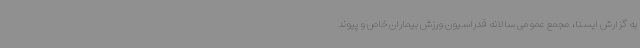
به گزارش ایسنا، مجمع عمومی سالانه فدراسیون ورزش بیماران خاص و پیوند